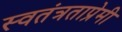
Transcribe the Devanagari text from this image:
स्वतंत्रताप्रेमी